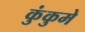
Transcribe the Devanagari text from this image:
कुंकुमे